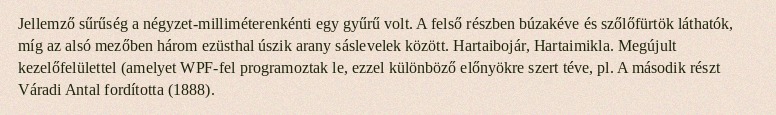
Jellemző sűrűség a négyzet-milliméterenkénti egy gyűrű volt. A felső részben búzakéve és szőlőfürtök láthatók, míg az alsó mezőben három ezüsthal úszik arany sáslevelek között. Hartaibojár, Hartaimikla. Megújult kezelőfelülettel (amelyet WPF-fel programoztak le, ezzel különböző előnyökre szert téve, pl. A második részt Váradi Antal fordította (1888).